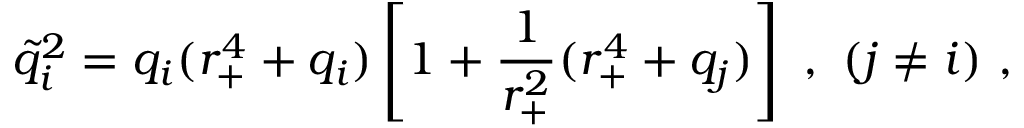
{ \tilde { q } } _ { i } ^ { 2 } = q _ { i } ( r _ { + } ^ { 4 } + q _ { i } ) \left[ 1 + { \frac { 1 } { r _ { + } ^ { 2 } } } ( r _ { + } ^ { 4 } + q _ { j } ) \right] \ , \ ( j \ne i ) \ ,